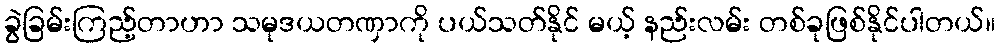
ခွဲခြမ်းကြည့်တာဟာ သမုဒယတဏှာကို ပယ်သတ်နိုင် မယ့် နည်းလမ်း တစ်ခုဖြစ်နိုင်ပါတယ်။